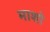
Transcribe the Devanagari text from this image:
माशो